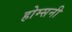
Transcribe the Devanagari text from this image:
होम्सनी